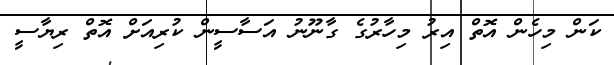
ކަން މިހެން އޮތް އިރު މިހާރުގެ ގާނޫނު އަސާސީން ކުރިއަށް އޮތް ރިޔާސީ